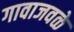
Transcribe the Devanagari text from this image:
गावाजवळे